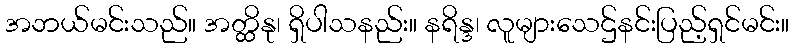
အဘယ်မင်းသည်။ အတ္ထိနု၊ ရှိပါသနည်း။ နရိန္ဒ၊ လူများသေဌ်နင်းပြည့်ရှင်မင်း။